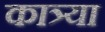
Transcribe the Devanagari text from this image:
कात्र्या